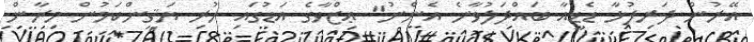
އޭރުން ދަރިފުޅާ ޑެޑީއާ ބައްދަލުވާނެ އެންނު" ޢިޒްވާގެ އަޑުގައި ހުރި ޔަޤީންކަމުން މިރާން